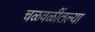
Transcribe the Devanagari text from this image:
चळवळींतल्या